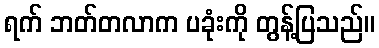
ရက် ဘတ်တလာက ပခုံးကို တွန့်ပြသည်။